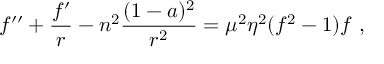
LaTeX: f ^ { \prime \prime } + \frac { f ^ { \prime } } { r } - n ^ { 2 } \frac { ( 1 - a ) ^ { 2 } } { r ^ { 2 } } = \mu ^ { 2 } \eta ^ { 2 } ( f ^ { 2 } - 1 ) f \ ,